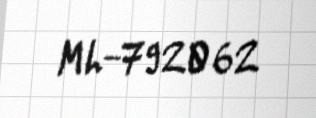
ML-792062